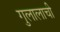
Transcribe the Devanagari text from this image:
गुलालाची